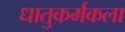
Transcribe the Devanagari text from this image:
धातुकर्मकला